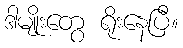
ဒါမျိုးတွေ ရိုးနေပြီ။